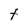
Character: t